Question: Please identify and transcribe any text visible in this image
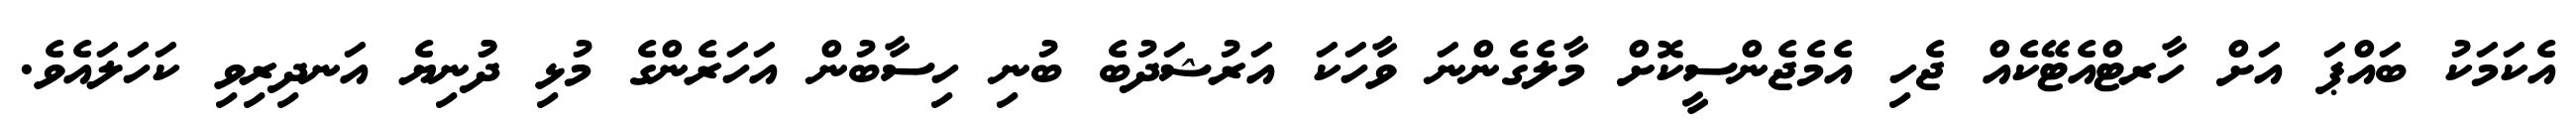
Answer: އެކަމަކު ބައްޕަ އަށް ހާރޓްއެޓޭކެއް ޖެހި އެމެޖެންސީކޮށް މާލެގެންނަ ވާހަކަ އަރުޝަދުބެ ބުނި ހިސާބުން އަހަރެންގެ މުޅި ދުުނިޔެ އަނދިރިވި ކަހަލައެވެ.